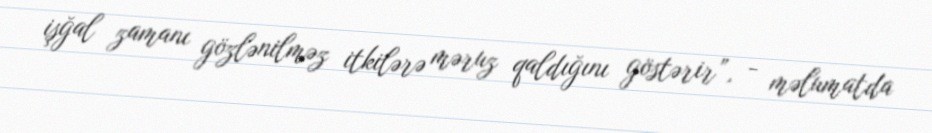
işğal zamanı gözlənilməz itkilərə məruz qaldığını göstərir”, - məlumatda